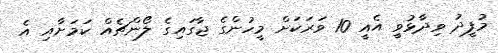
މުފީދު ވިދާޅުވީ އެއީ 10 ވަރަކަށް މީހުންގެ ޖާގައިގެ ލޯންޗެއް ކަމަށާއި އެ